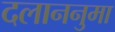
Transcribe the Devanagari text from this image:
दलाननुमा